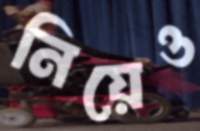
নিয়েও